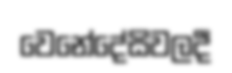
වෙනේදේසිවලදී